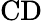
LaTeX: \mathrm{CD}